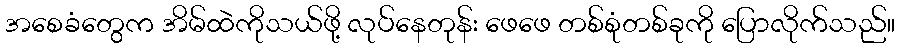
အစေခံတွေက အိမ်ထဲကိုသယ်ဖို့ လုပ်နေတုန်း ဖေဖေ တစ်စုံတစ်ခုကို ပြောလိုက်သည်။